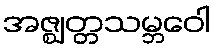
အဇ္ဈတ္တသမ္ဘဝေါ